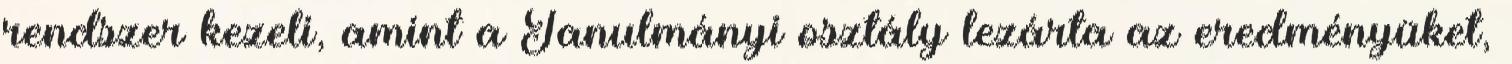
rendszer kezeli, amint a Tanulmányi osztály lezárta az eredményüket,